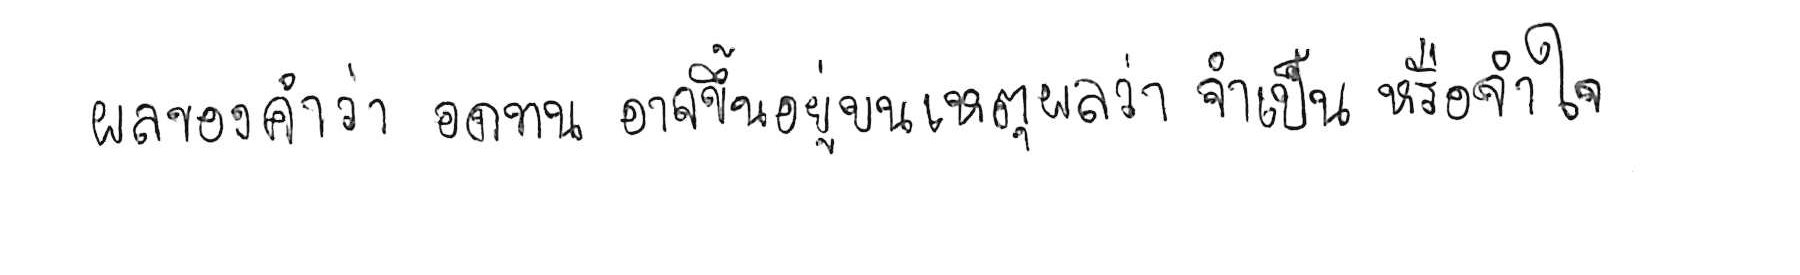
ผลของคำว่า อดทน อาจขึ้นอยู่บนเหตุผลว่า จำเป็น หรือ จำใจ